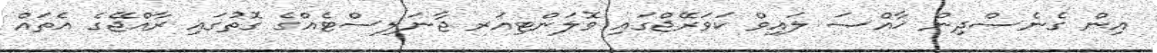
އިން ގެނެސްދިން ޚާއްޞަ ލައިވް ކަވަރޭޖްގައި ވޮލަންޓިއަރ ޖާނަލިސްޓެއްގެ ގޮތުގައި ރާއްޖޭގެ އެތައް